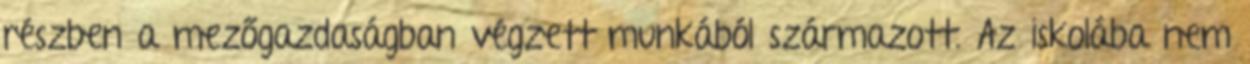
részben a mezőgazdaságban végzett munkából származott. Az iskolába nem